Reports on military cantonments and civil stations in the Presidency of Bombay inspected by the Sanitary Commissioner in the years 1875 and 1876
Year: 1875
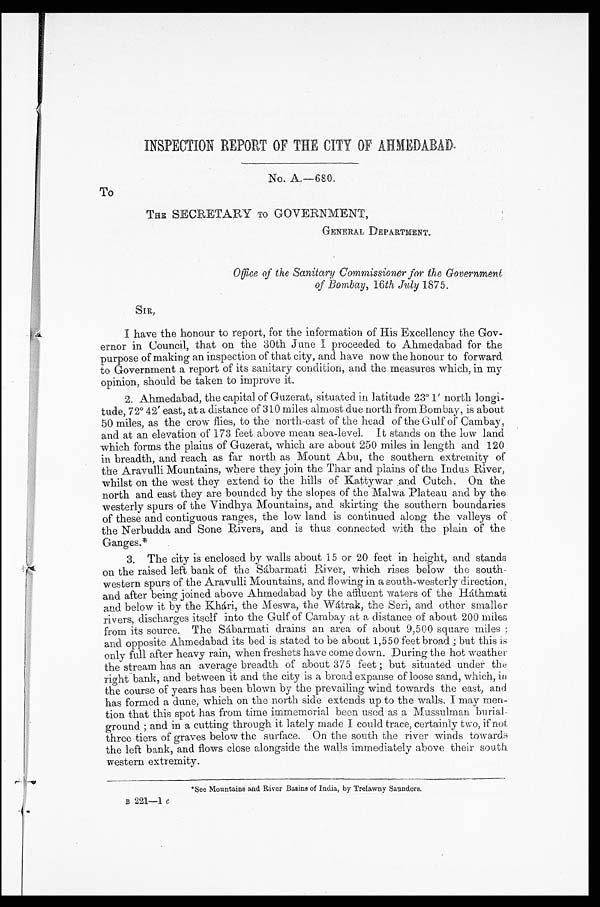
INSPECTION REPORT OF THE CITY OF AHMEDABAD.
No. A.—680.
To
THE SECRETARY TO GOVERNMENT,
GENERAL DEPARTMENT.
Office of the Sanitary Commissioner for the Government
of Bombay, 16th July 1875.
SIR,
I have the honour to report, for the information of His Excellency the Gov
-ernor in Council, that on the 30th June I proceeded to Ahmedabad for the
purpose of making an inspection of that city, and have now the honour to forward
to Government a report of its sanitary condition, and the measures which, in my
opinion, should be taken to improve it.
2. Ahmedabad, the capital of Guzerat, situated in latitude 23° 1' north longi
-tude, 72° 42' east, at a distance of 310 miles almost due north from Bombay, is about
50 miles, as the crow flies, to the north-east of the head of the Gulf of Cambay,
and at an elevation of 173 feet above mean sea-level. It stands On the low land
which forms the plains of Guzerat, which are about 250 miles in length and 120
in breadth, and reach as far north as Mount Abu, the southern extremity of
the Aravulli Mountains, where they join the Thar and plains of the Indus River,
whilst on the west they extend to the hills of Kattywar and Cutch. On the
north and east they are bounded by the slopes of the Malwa Plateau and by the
westerly spurs of the Vindhya Mountains, and skirting the southern boundaries
of these and contiguous ranges, the low land is continued along the valleys of
the Nerbudda and Sone Rivers, and is thus connected with the plain of the
Ganges.*
3. The city is enclosed by walls about 15 or 20 feet in height, and stands
on the raised left bank of the Sábarmati River, which rises below the south
-western spurs of the Aravulli Mountains, and flowing in a south-westerly direction,
and after being joined above Ahmedabad by the affluent waters of the Háthmati
and below it by the Khári, the Meswa, the Wátrak, the Seri, and other smaller
rivers, discharges itself into the Gulf of Cambay at a distance of about 200 miles
from its source. The Sábarmati drains an area of about 9,500 square miles;
and opposite Ahmedabad its bed is stated to be about 1,550 feet broad; but this is
only full after heavy rain, when freshets have come down. During the hot weather
the stream has an average breadth of about 375 feet; but situated under the
right bank, and between it and the city is a broad expanse of loose sand, which, in
the course of years has been blown by the prevailing wind towards the east, and
has formed a dune, which on the north side extends up to the walls. I may men
-tion that this spot has from time immemorial been used as a Mussulman burial-
ground; and in a cutting through it lately made I could trace, certainly two, if not
three tiers of graves below the surface. On the south the river winds towards
the left bank, and flows close alongside the walls immediately above their south
western extremity.
*See Mountains and River Basins of India, by Trelawny Saunders
B 221—1 c